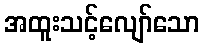
အထူးသင့်လျော်သော